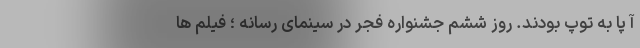
آ پا به توپ بودند. روز ششم جشنواره فجر در سینمای رسانه ؛ فیلم‌ ها